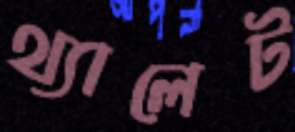
থ্যালেট